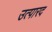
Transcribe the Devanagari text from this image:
उत्पारद